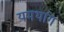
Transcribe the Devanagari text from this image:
यमथांग